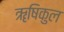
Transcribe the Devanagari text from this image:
ॠषिकुल